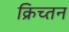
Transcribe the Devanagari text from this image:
क्रिच्तन